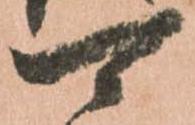
可